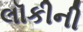
લૉકીની